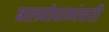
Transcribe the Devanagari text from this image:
बालगोपाळांचाही